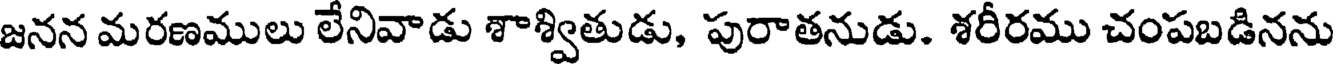
జనన మరణములు లేనివాడు శాశ్వితుడు, పురాతనుడు. శరీరము చంపబడినను